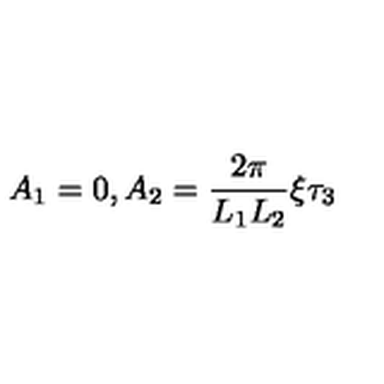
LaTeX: A _ { 1 } = 0 , A _ { 2 } = \frac { 2 \pi } { L _ { 1 } L _ { 2 } } \xi \tau _ { 3 }